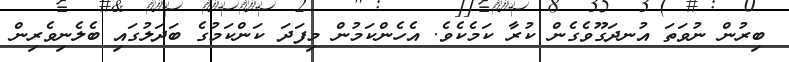
ބިރުން ނުވަތަ އުނދަގޫވެގެން ކުރާ ކަމެކެވެ. އެހެންކަމުން މިފަދަ ކަންކަމުގެ ބަދަލުގައި ބެލެނިވެރިން